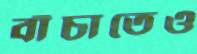
বাঁচাতেও